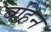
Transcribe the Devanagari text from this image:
बहिन